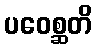
ပဝေစ္ဆတိ